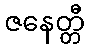
ဇနေတ္တီ